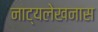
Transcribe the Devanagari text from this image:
नाट्यलेखनास